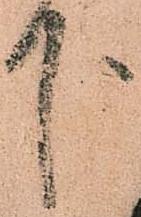
下